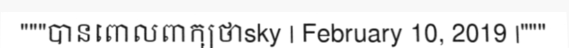
"""បានពោលពាក្យថាsky | February 10, 2019 |"""